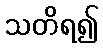
သတိရ၍